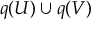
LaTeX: q ( U ) \cup q ( V )